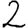
Digit: 2